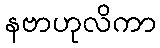
နဗာဟုလိကာ